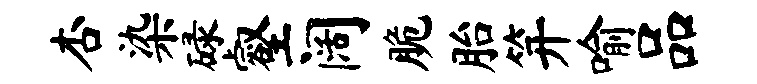
杏染碌壑阔脆胎笄喻品